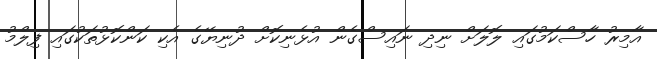
އާމިރު ހާސްކަމުގައި ލޮލަށް ނިދި ނައިސްގެން އުޅެނިކޮށް ދުނިޔޭގެ އެކި ކަންކޮޅުތަކުގައި ފިލްމު